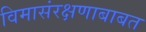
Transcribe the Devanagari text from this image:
विमासंरक्षणाबाबत